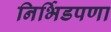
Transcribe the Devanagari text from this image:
निर्भिडपणा